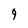
Character: 9